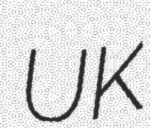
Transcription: UK